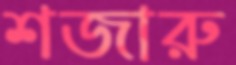
শজারু